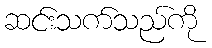
ဆင်းသက်သည်ကို